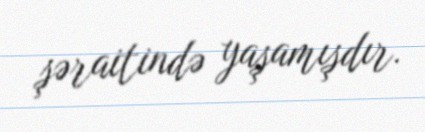
şəraitində yaşamışdır.